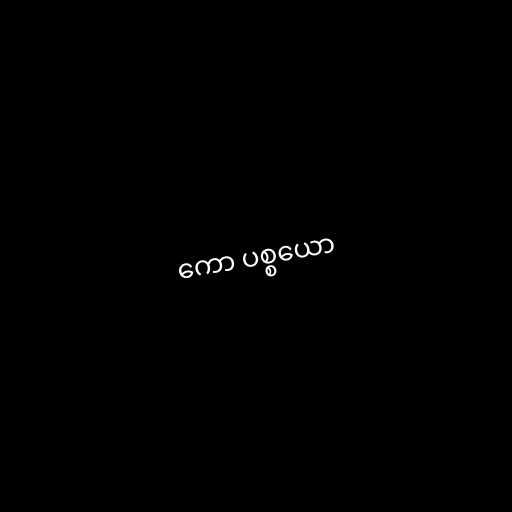
ကော ပစ္စယော